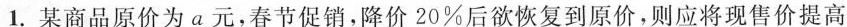
1.某商品原价为a元，春节促销，降价20%后欲恢复到原价，则应将现售价提高